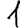
Digit: 1